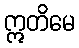
ဣတိမေ